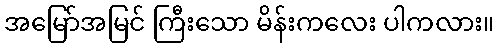
အမြော်အမြင် ကြီးသော မိန်းကလေး ပါကလား။